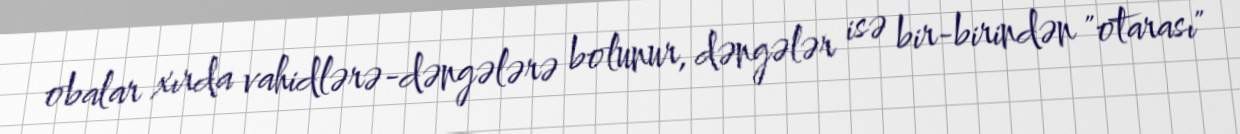
obalar xırda vahidlərə-dəngələrə bolunur, dəngələr isə bir-birindən "otarası"